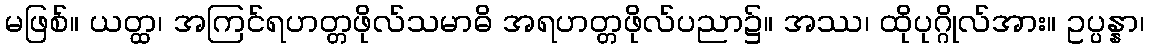
မဖြစ်။ ယတ္ထ၊ အကြင်ရဟတ္တဖိုလ်သမာဓိ အရဟတ္တဖိုလ်ပညာ၌။ အဿ၊ ထိုပုဂ္ဂိုလ်အား။ ဥပ္ပန္နာ၊